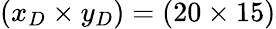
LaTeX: (x_{D}\times y_{D})=(20\times 15)